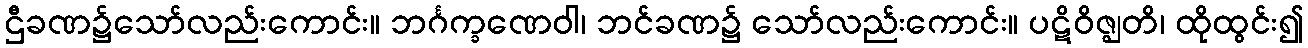
ဌီခဏ၌သော်လည်းကောင်း။ ဘင်္ဂက္ခဏေဝါ၊ ဘင်ခဏ၌ သော်လည်းကောင်း။ ပဋိဝိဇ္ဈတိ၊ ထိုထွင်း၍